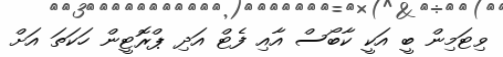
ވިޓަމިން ބީ އަކީ ކާބޯސް އާއި ފެޓް އަދި ޕްރޮޓީން ހަކަތަ އަށް